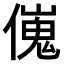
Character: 𠎺